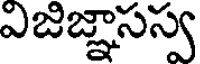
విజిజ్ఞాసస్వ